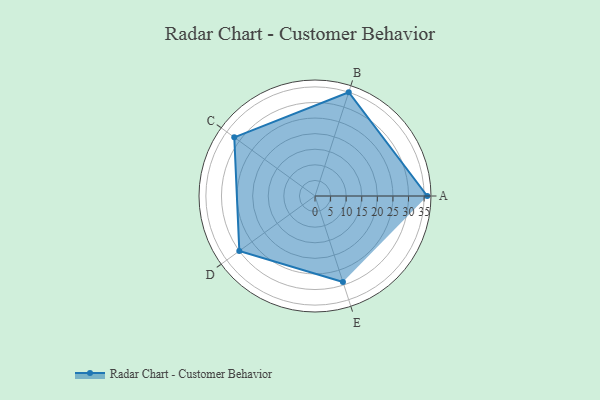
{"axis": {"x": "Skill", "y": "Score"}, "legend": ["Profile"], "data": [{"x": "A", "y": 36.0, "type": "Profile"}, {"x": "B", "y": 35.0, "type": "Profile"}, {"x": "C", "y": 32.0, "type": "Profile"}, {"x": "D", "y": 30.0, "type": "Profile"}, {"x": "E", "y": 29.0, "type": "Profile"}]}